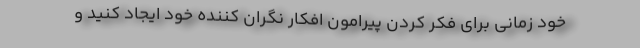
خود زمانی برای فکر کردن پیرامون افکار نگران کننده خود ایجاد کنید و